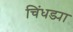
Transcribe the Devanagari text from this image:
चिंधड्या